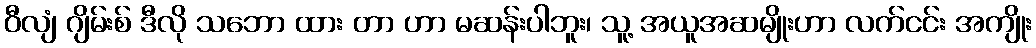
ဝီလျံ ဂျိမ်းစ် ဒီလို သဘော ထား တာ ဟာ မဆန်းပါဘူး၊ သူ့ အယူအဆမျိုးဟာ လက်ငင်း အကျိုး